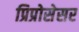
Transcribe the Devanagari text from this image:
प्रिप्रोसेसर